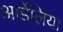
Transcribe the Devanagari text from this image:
आर्डेलिया